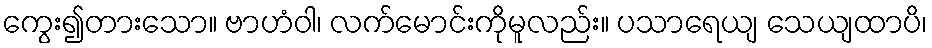
ကွေး၍တားသော။ ဗာဟံဝါ၊ လက်မောင်းကိုမူလည်း။ ပသာရေယျ သေယျထာပိ၊